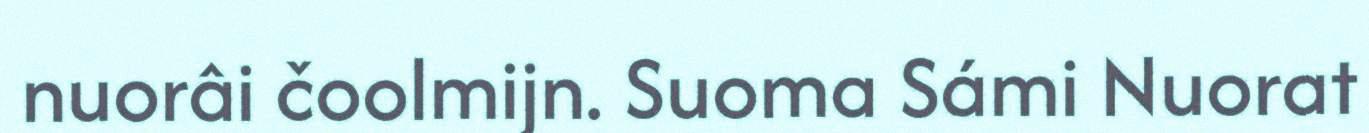
nuorâi čoolmijn. Suoma Sámi Nuorat